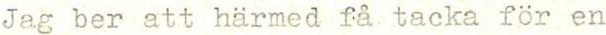
Jag ber att härmed få tacka för en